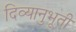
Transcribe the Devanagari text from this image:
दिव्यानुभूती